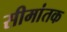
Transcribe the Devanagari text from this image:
सीमांतक